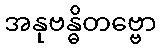
အနုဗန္ဓိတဗ္ဗော